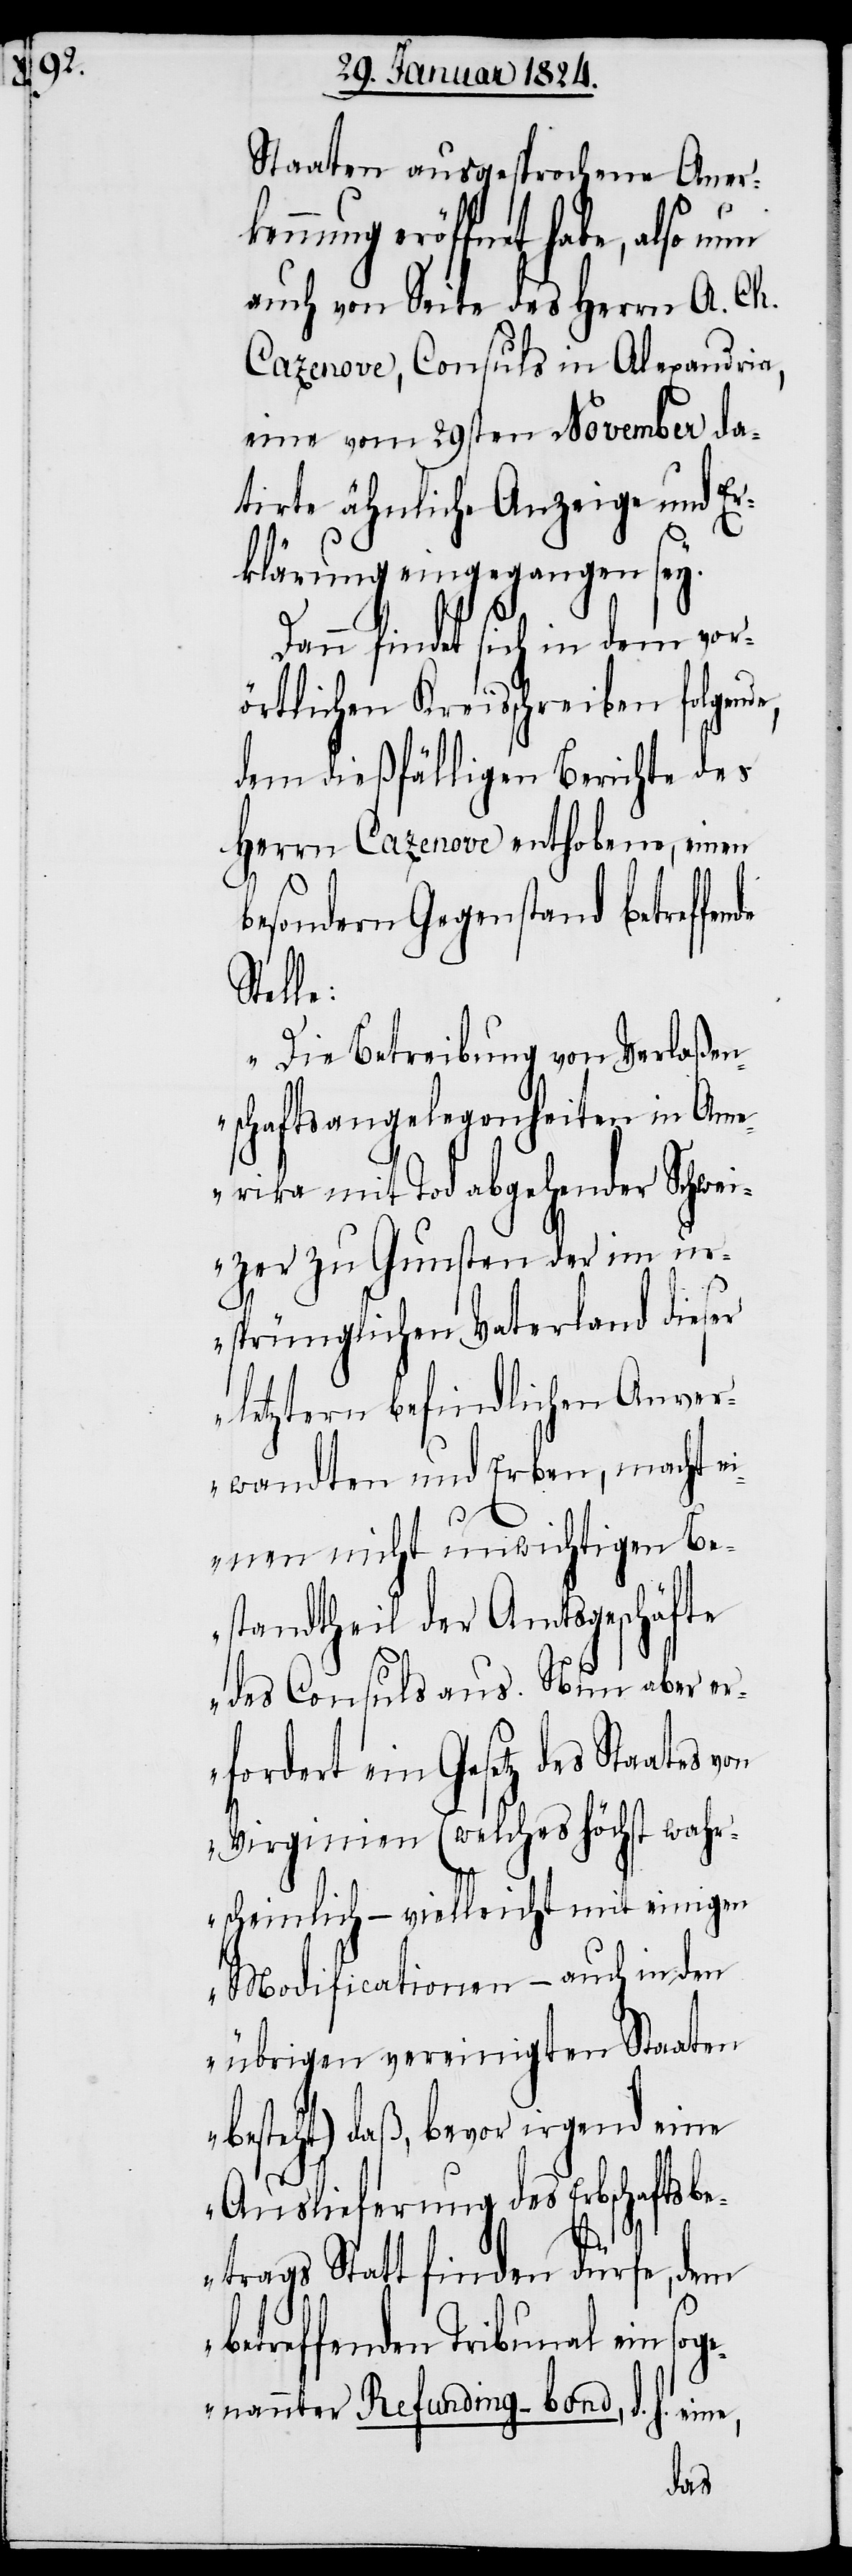
de

Staaten ausgesprochene Aner¬
kennung eröffnet habe, also nun
auch von Seite des Herrn A. Ch.
Cazenove, Consuls in Alexandria,
eine vom 29sten November da¬
tirte ähnliche Anzeige und Er¬
klärung eingegangen sey.
Dann findet sich in dem vor¬
örtlichen Kreisschreiben folgend¬
dem dießfälligen Berichte des
Herrn Cazenove enthobene, einen
besondern Gegenstand betreffen¬
Stelle:
„Die Betreibung von Verlaßen¬
schaftsangelegenheiten in Am¬
erika mit Tod abgehender Schwei¬
zer zu Gunsten der im ur¬
sprünglichen Vaterland dieser
letztern befindlichen Anver¬
wandten und Erben, macht ei¬
nen nicht unwichtigen Be¬
standtheil der Amtsgeschäfte
des Consuls aus. Nun aber er¬
fordert ein Gesetz des Staates
Virginien (welches höchst wahr¬
scheinlich – vielleicht mit einigen
Modificationen – auch in den
übrigen vereinigten Staaten
besteht) daß, bevor irgend eine
Auslieferung des Erbschaftsb¬
etrags Statt finden dürfe, dem
betreffenden Tribunal ein
sog¬
enannter Refunding-bond, d. h. eine,